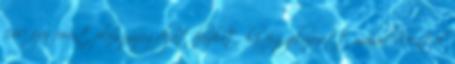
140 ezer forint plusznyugdíjat hozhat, ha fegyelmezett marad Mentik